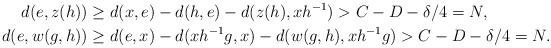
LaTeX: \begin{align*}d(e,z(h))&\geq d(x,e)-d(h,e)-d(z(h),xh^{-1})>C-D-\delta/4=N,\\d(e,w(g,h))&\geq d(e,x)-d(xh^{-1}g,x)-d(w(g,h),xh^{-1}g)>C-D-\delta/4=N.\end{align*}